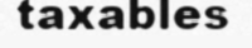
taxables